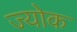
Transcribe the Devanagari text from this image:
ज्योक